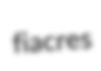
fiacres